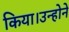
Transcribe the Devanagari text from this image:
किया।उन्होने